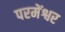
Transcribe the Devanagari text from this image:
परमेंश्वर